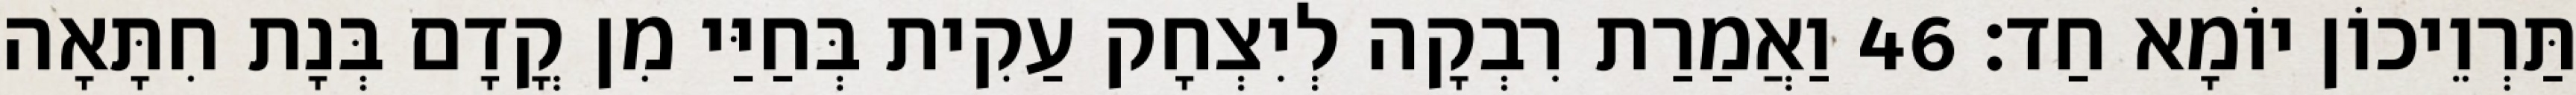
תַּרְוֵיכוֹן יוֹמָא חַד׃ 46 וַאֲמַרַת רִבְקָה לְיִצְחָק עַקִית בְּחַיַּי מִן קֳדָם בְּנָת חִתָּאָה